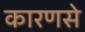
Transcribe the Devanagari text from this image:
कारणसे